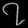
Digit: ၇